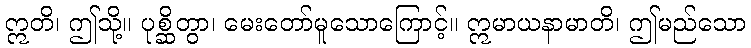
ဣတိ၊ ဤသို့။ ပုစ္ဆိတွာ၊ မေးတော်မူသောကြောင့်။ ဣမာယနာမာတိ၊ ဤမည်သော